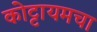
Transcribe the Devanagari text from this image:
कोट्टायमचा